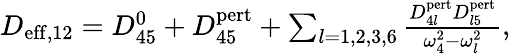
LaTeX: \begin{array}{r}{D_{\mathrm{eff},12}=D_{45}^{0}+D_{45}^{\mathrm{pert}}+\sum_{l=1,2,3,6}\frac{D_{4l}^{\mathrm{pert}}D_{l5}^{\mathrm{pert}}}{\omega_{4}^{2}-\omega_{l}^{2}},}\end{array}